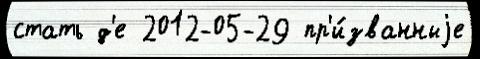
стать д'е 2012-05-29 пр'и́званныjе